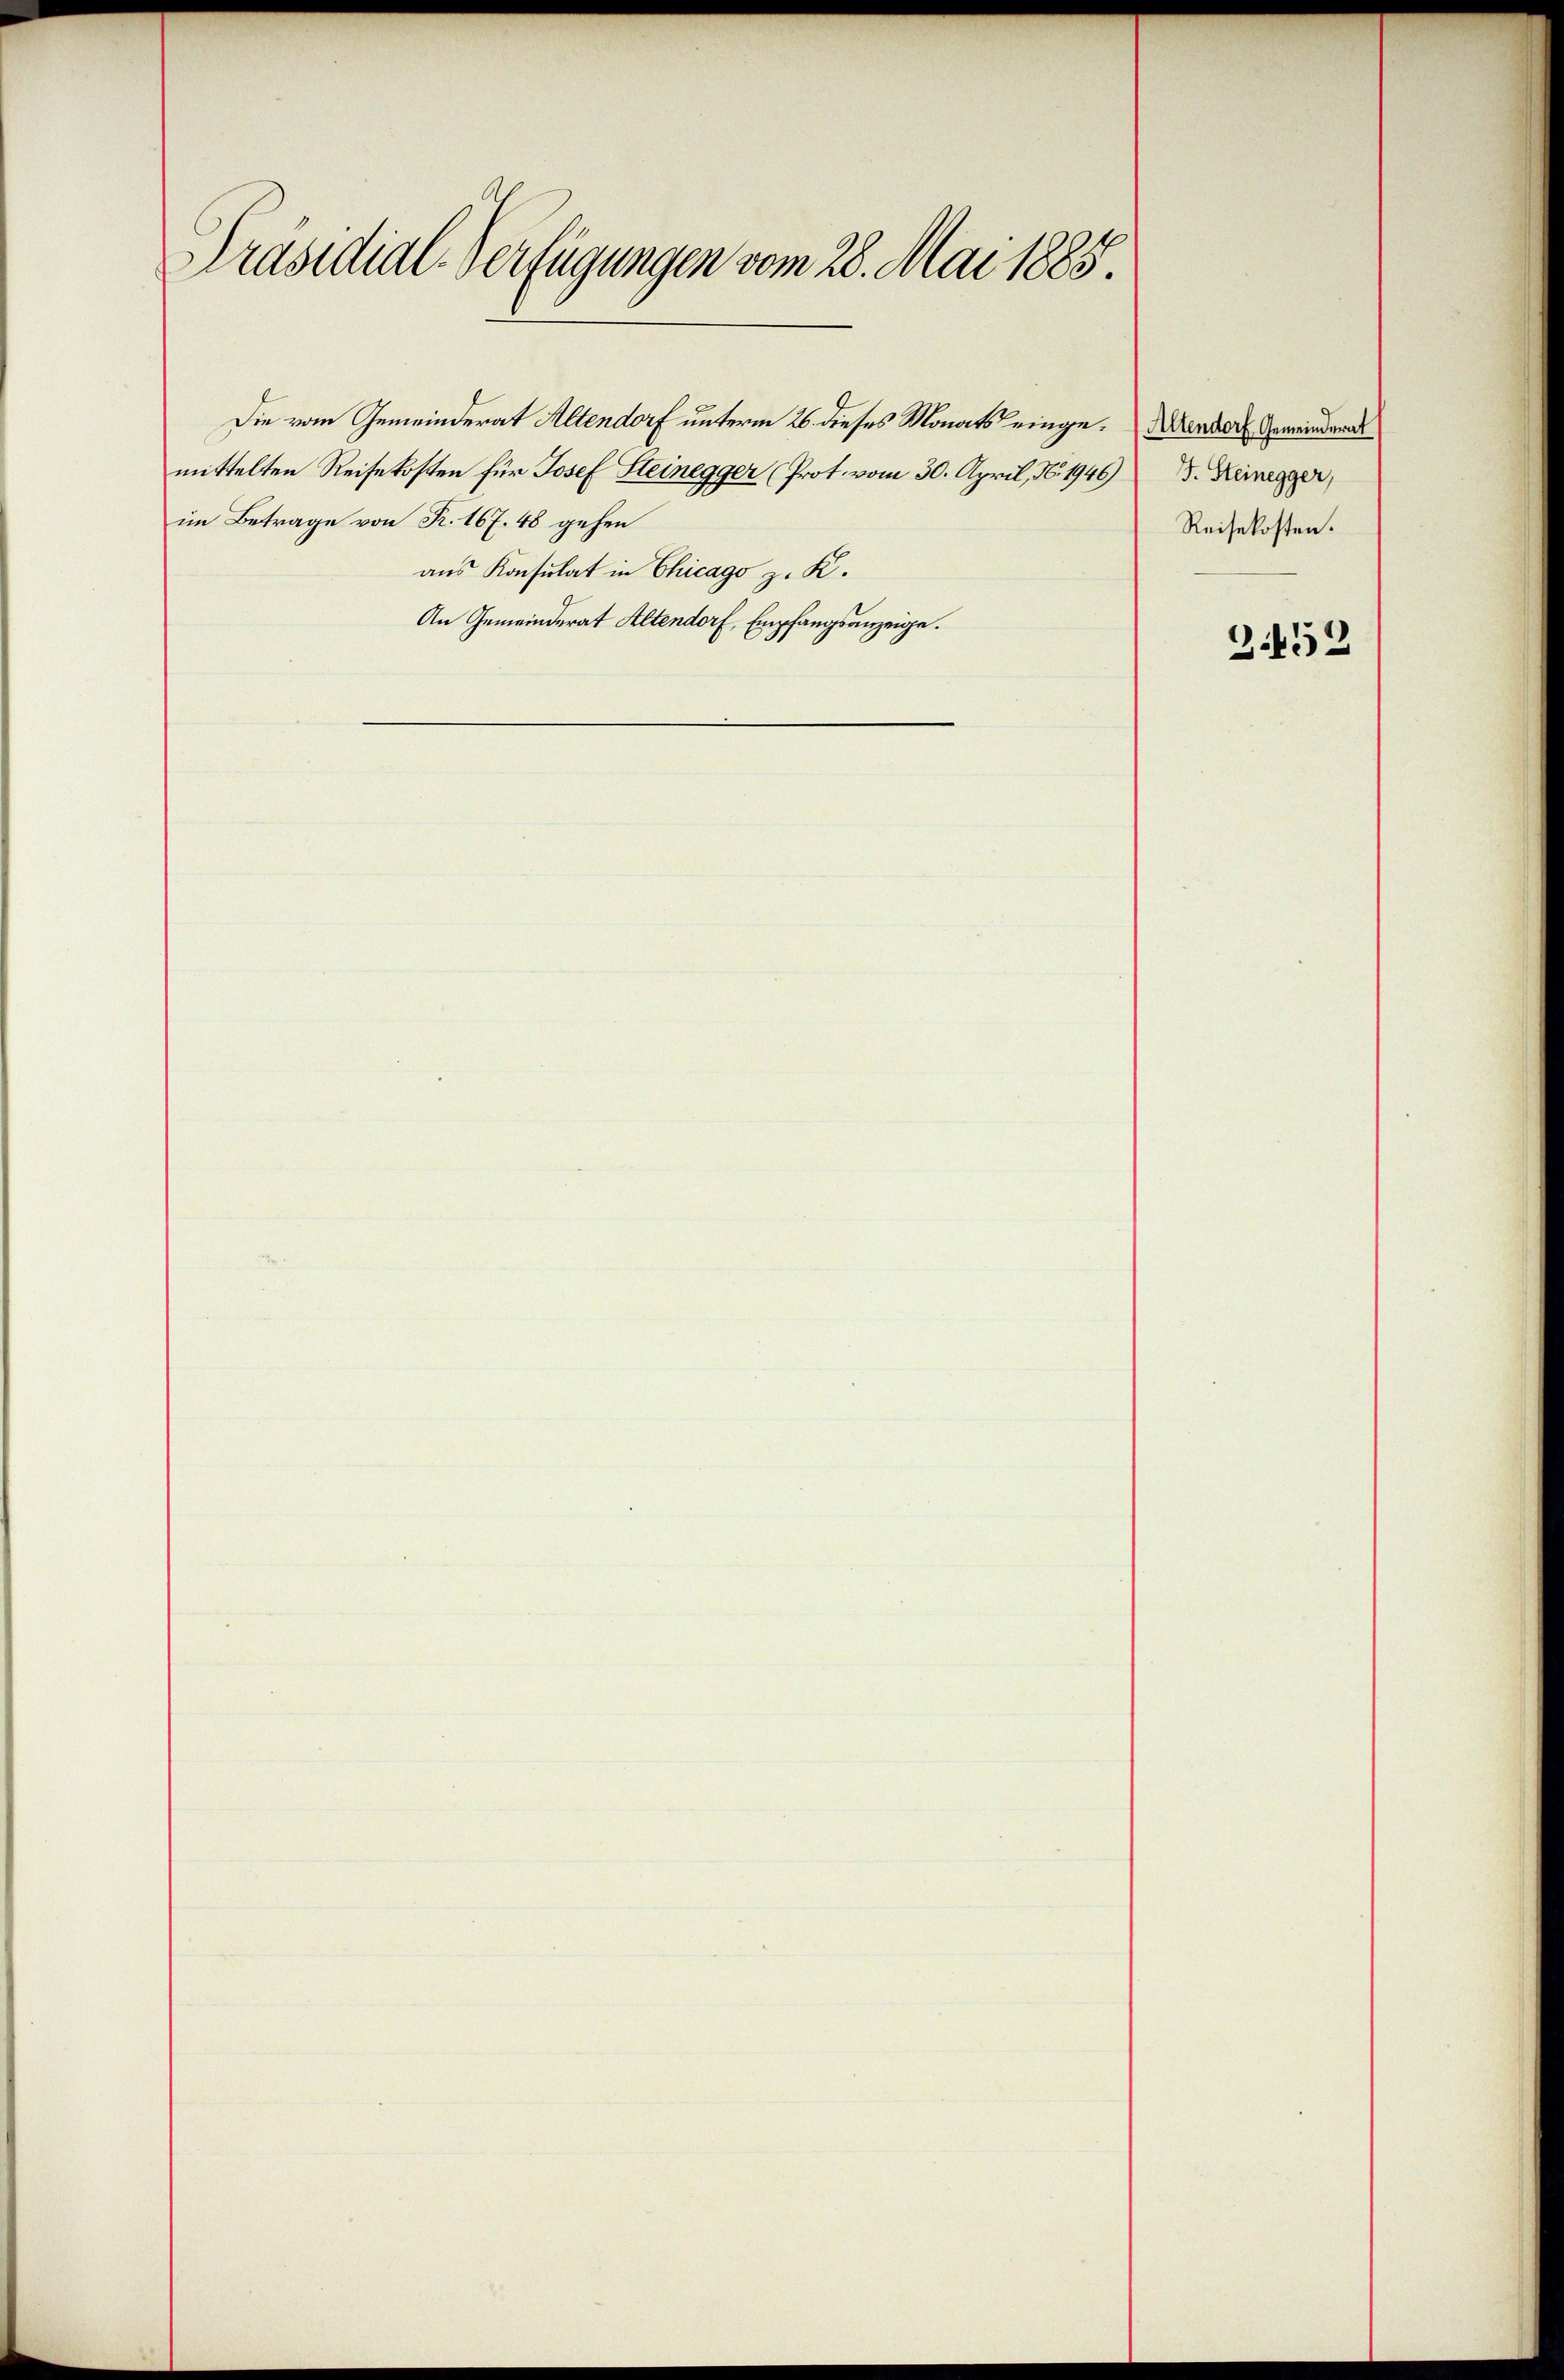
Präsidial-Verfügungen vom 28. Mai 1885.

Die vom Gemeinderat Altendorf unterm 26. dieses Monats eingemittelten Reisekosten für Josef Steinegger (Prot. vom 30. April, N. 1946 J. Keinegger,
im Betrage von R. 167. 48 gehen
aus Konsulat in Chicago z. K.
An Gemeinderat Altendorf, Empfangsanzeige.

Altendorf Gemeinderat
Reisekosten.

3.452